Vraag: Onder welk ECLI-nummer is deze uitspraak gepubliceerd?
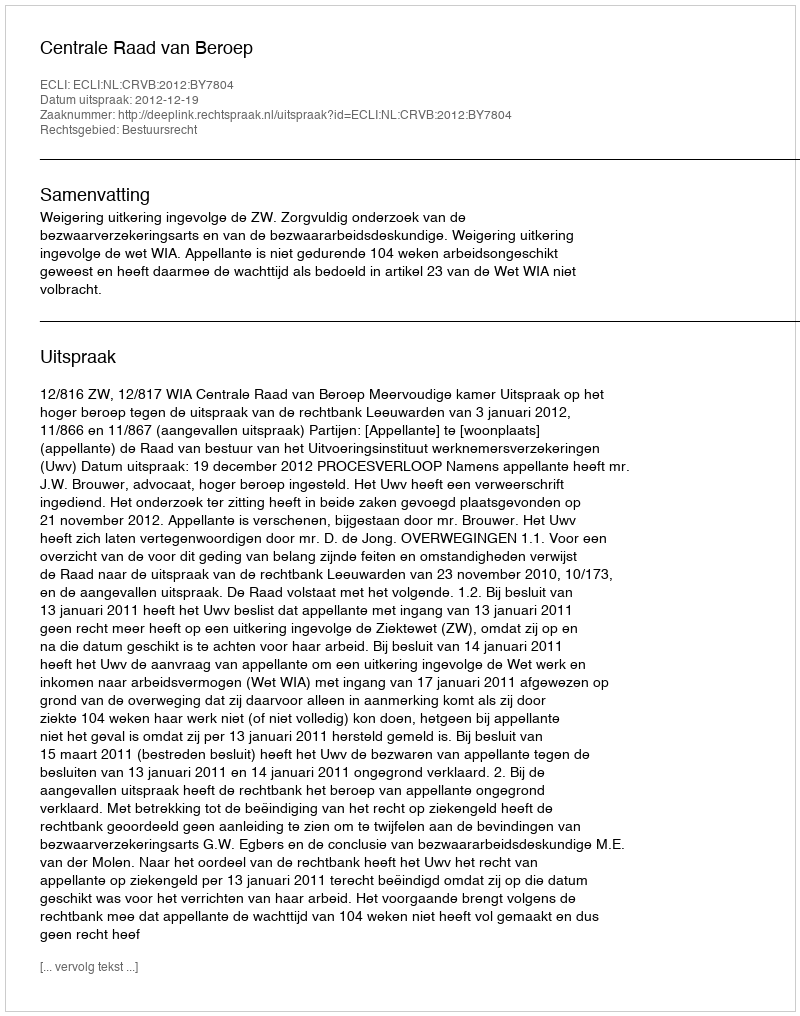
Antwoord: ECLI:NL:CRVB:2012:BY7804